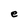
Character: e